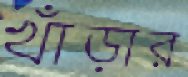
খাঁড়ার